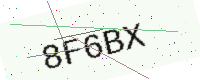
Text: 8F6BX